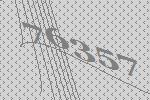
76357